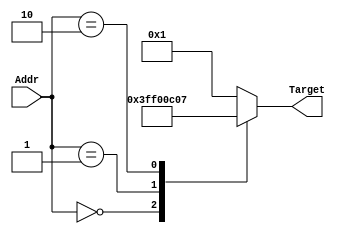
// Module Name:    LUT 
// Project Name:   CSE141L
//
// Revision Fall 2020
// Based on SystemVerilog source code provided by John Eldon
// Comment: 
// This is the lookup table
// Leverage a few-bit pointer to a wider number
// It is optional
// You may increase the Addr, but you are not allowed to go over 32 elements (5 bits)
// You could use it for anything you want. Ex. possible lookup table for PC target
// Lookup table acts like a function: here Target = f(Addr);
//  in general, Output = f(Input); 
module LUT(Addr, Target);
  
    input       [ 1:0] Addr;
	output reg[ 9:0] Target;

	always @*
	  case(Addr)		  
		2'b00:    Target = 10'h3ff;  // Ex. -1
		2'b01:	 Target = 10'h003;
		2'b10:	 Target = 10'h007;
		default:  Target = 10'h001;
	  endcase

endmodule